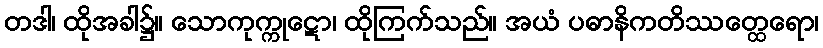
တဒါ၊ ထိုအခါ၌။ သောကုက္ကုဋော၊ ထိုကြက်သည်။ အယံ ပဓာနိကတိဿတ္ထေရော၊